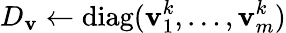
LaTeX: D_{\mathbf{v}}\leftarrow\operatorname{diag}(\mathbf{v}_{1}^{k},\ldots,\mathbf{v}_{m}^{k})